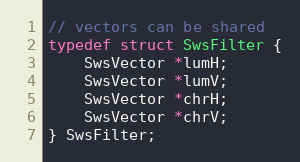
Language: C
// vectors can be shared
typedef struct SwsFilter {
    SwsVector *lumH;
    SwsVector *lumV;
    SwsVector *chrH;
    SwsVector *chrV;
} SwsFilter;